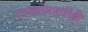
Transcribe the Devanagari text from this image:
उभारण्याचीही